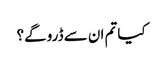
کیا تم ان سے ڈرو گے؟